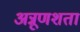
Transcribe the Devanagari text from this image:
अन्नूणशता